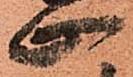
止